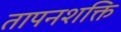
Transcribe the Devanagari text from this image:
तापनशक्ति